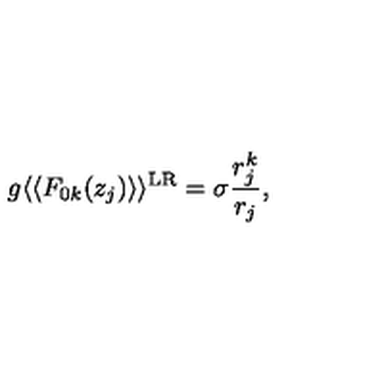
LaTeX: g \langle \langle F _ { 0 k } ( z _ { j } ) \rangle \rangle ^ { \mathrm { L R } } = \sigma \frac { r _ { j } ^ { k } } { r _ { j } } ,